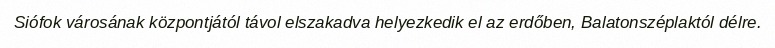
Siófok városának központjától távol elszakadva helyezkedik el az erdőben, Balatonszéplaktól délre.